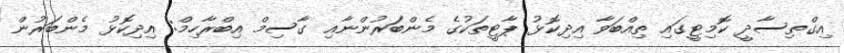
އިގްތިސާދީ ކޮމިޓީގައި ތިއްބަވާ އިދިކޮޅު ޕާޓީތަކުގެ މެންބަރުންނާއި ގާސިމް އިބްރާހިމް: އިދިކޮޅު މެންބަރުން